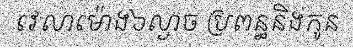
វេលាម៉ោង៦ល្ងាច ប្រពន្ធនិងកូន